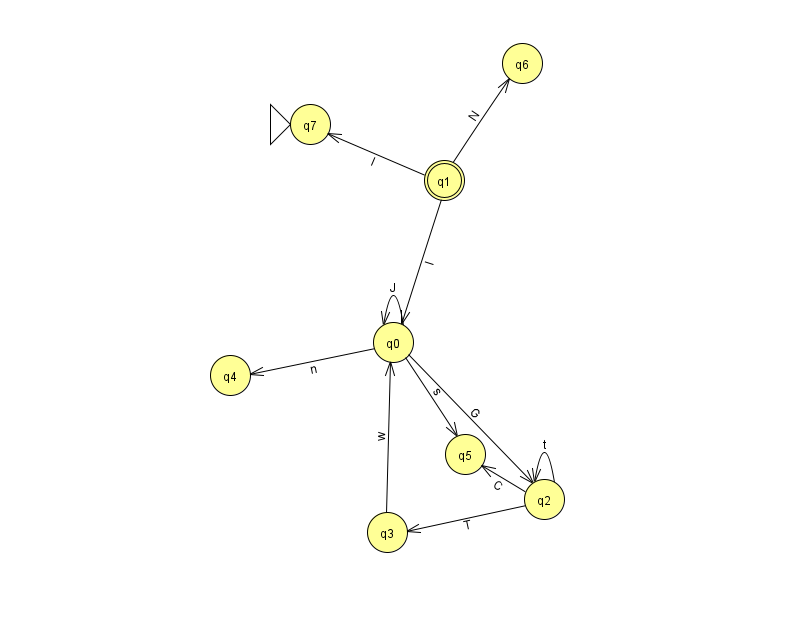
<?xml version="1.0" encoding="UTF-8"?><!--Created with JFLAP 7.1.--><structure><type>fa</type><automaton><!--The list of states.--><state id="0" name="q0"><x>393.0</x><y>329.0</y></state><state id="1" name="q1"><x>444.0</x><y>167.0</y><final/></state><state id="2" name="q2"><x>544.0</x><y>486.0</y></state><state id="3" name="q3"><x>387.0</x><y>519.0</y></state><state id="4" name="q4"><x>230.0</x><y>362.0</y></state><state id="5" name="q5"><x>465.0</x><y>441.0</y></state><state id="6" name="q6"><x>522.0</x><y>50.0</y></state><state id="7" name="q7"><x>310.0</x><y>111.0</y><initial/></state><!--The list of transitions.--><transition><from>0</from><to>4</to><read>n</read></transition><transition><from>0</from><to>2</to><read>G</read></transition><transition><from>2</from><to>5</to><read>C</read></transition><transition><from>3</from><to>0</to><read>w</read></transition><transition><from>1</from><to>0</to><read>l</read></transition><transition><from>2</from><to>2</to><read>t</read></transition><transition><from>2</from><to>3</to><read>T</read></transition><transition><from>0</from><to>5</to><read>s</read></transition><transition><from>0</from><to>0</to><read>J</read></transition><transition><from>1</from><to>6</to><read>N</read></transition><transition><from>1</from><to>7</to><read>I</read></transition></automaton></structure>